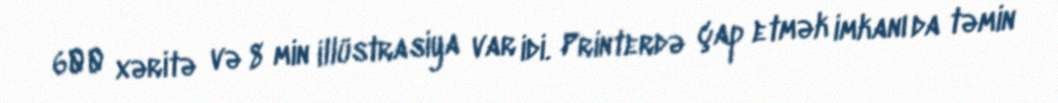
600 xəritə və 8 min illüstrasiya var idi. Printerdə çap etmək imkanı da təmin